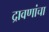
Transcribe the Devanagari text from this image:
द्रावणांचा